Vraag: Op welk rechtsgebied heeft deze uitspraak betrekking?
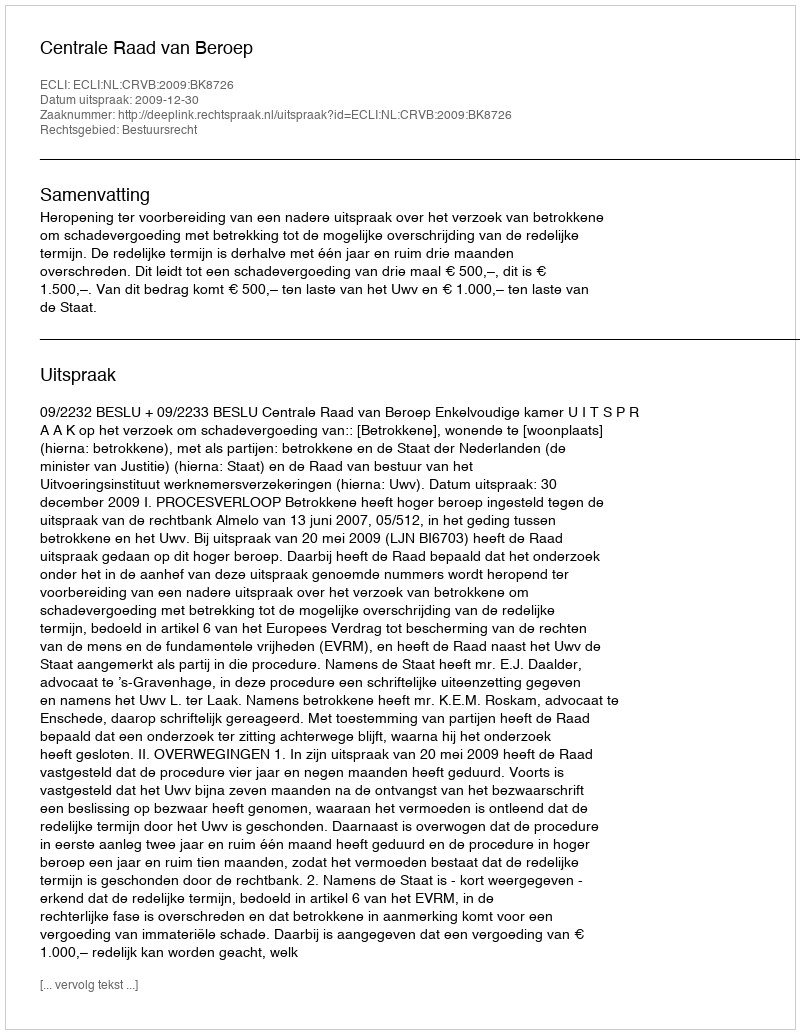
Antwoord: Bestuursrecht